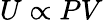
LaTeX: U\propto PV